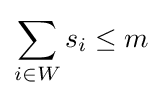
\sum _{i\in W}s_{i}\leq m